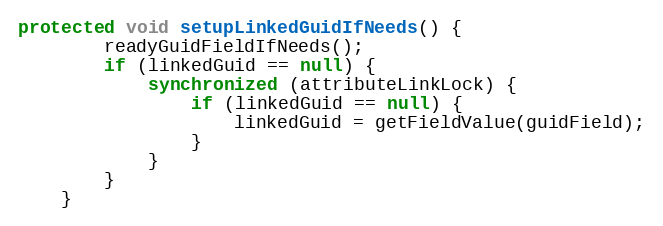
Language: Java
protected void setupLinkedGuidIfNeeds() {
        readyGuidFieldIfNeeds();
        if (linkedGuid == null) {
            synchronized (attributeLinkLock) {
                if (linkedGuid == null) {
                    linkedGuid = getFieldValue(guidField);
                }
            }
        }
    }